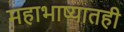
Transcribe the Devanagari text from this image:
महाभाष्यातही